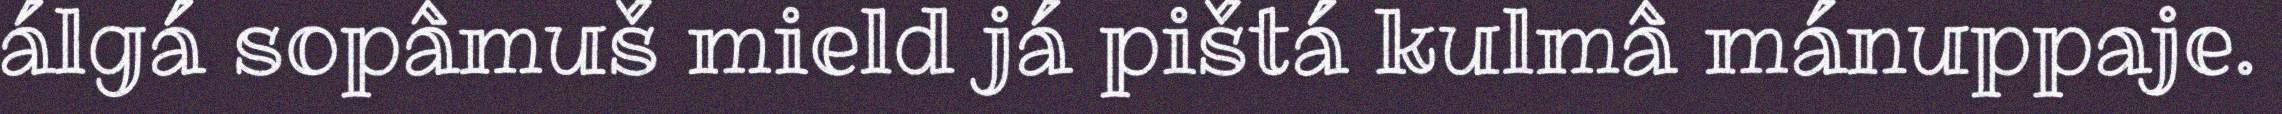
álgá sopâmuš mield já pištá kulmâ mánuppaje.